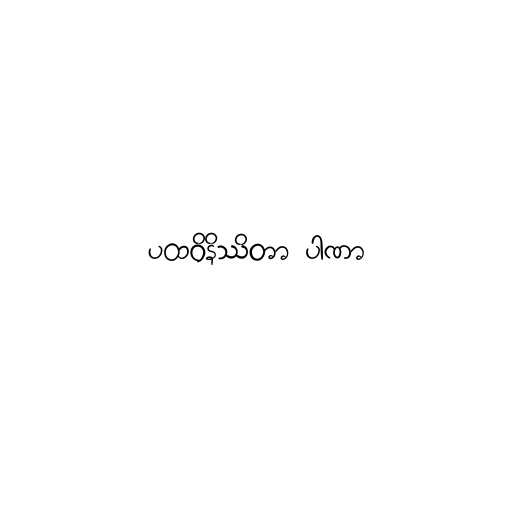
ပထဝိနိဿိတာ ပါဏာ